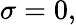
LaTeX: \sigma=0,